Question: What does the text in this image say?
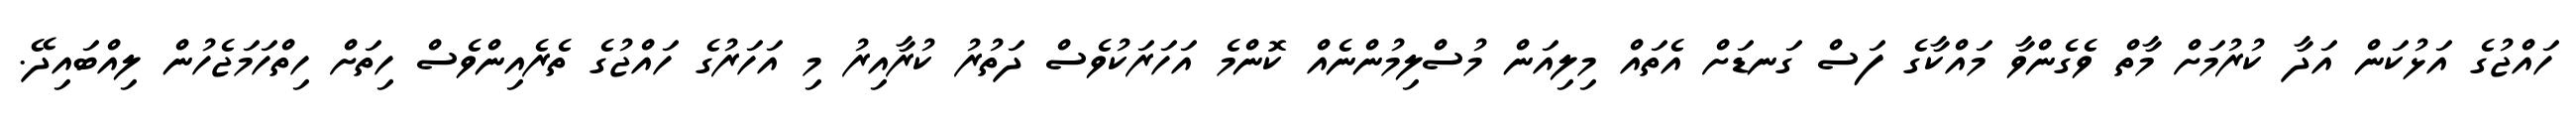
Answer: ހައްޖުގެ އަޅުކަން އަދާ ކުރުމަށް މާތް ވެގެންވާ މައްކާގެ ފަސް ގަނޑަށް އެތައް މިލިއަން މުސްލިމުންނެއް ކޮންމެ އަހަރަކުވެސް ދަތުރު ކުރާއިރު މި އަހަރުގެ ހައްޖުގެ ތެރެއިންވެސް ހިތަށް ހިތްހަމަޖެހުން ލިއްބައިދޭ.